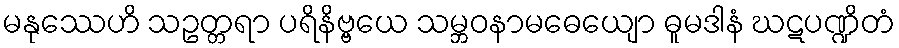
မနုဿေဟိ သဥတ္တရာ ပရိနိဗ္ဗယေ သမ္ဘဝနာမဓေယျော ဓူမဒါနံ ဃဋပဏ္ဍိတံ